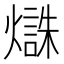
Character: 𱬜